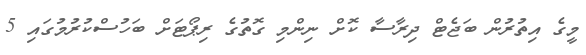
މީގެ އިތުރުން ބަޖެޓް ދިރާސާ ކޮށް ނިންމި ގޮތުގެ ރިޕޯޓަށް ބަހުސްކުރުމުގައި 5